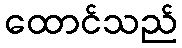
ထောင်သည်